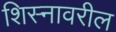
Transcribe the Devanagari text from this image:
शिस्नावरील